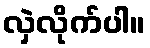
လှဲလိုက်ပါ။